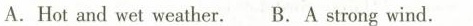
A.Hot and wet weather.B.A strong wind.